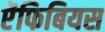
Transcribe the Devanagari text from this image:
ऐंफिबियस